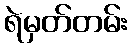
ရဲမှတ်တမ်း